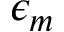
\epsilon _ { m }